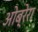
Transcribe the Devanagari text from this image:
ओब्रेरा